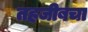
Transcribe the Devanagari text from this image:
तहजीबचा